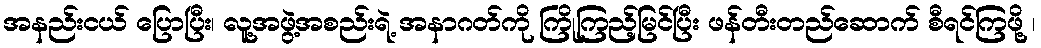
အနည်းငယ် ပြောပြီး၊ လူ့အဖွဲ့အစည်းရဲ့ အနာဂတ်ကို ကြိုကြည့်မြင်ပြီး ဖန်တီးတည်ဆောက် စီရင်ကြဖို့ ၊